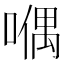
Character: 𠽀